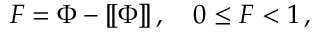
F = \Phi - [ \! [ \Phi ] \! ] \, , \quad 0 \leq F < 1 \, ,